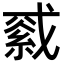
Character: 𦁓